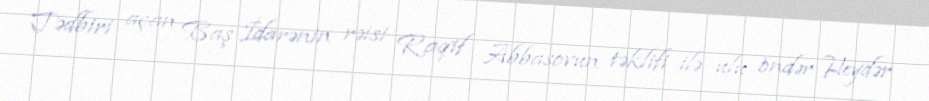
Tədbiri açan Baş İdarənin rəisi Raqif Abbasovun təklifi ilə ulu öndər Heydər